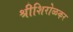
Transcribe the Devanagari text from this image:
श्रीशिरोळकर